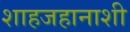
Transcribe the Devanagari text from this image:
शाहजहानाशी